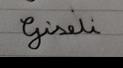
Signature authenticity: forged